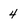
Character: 4